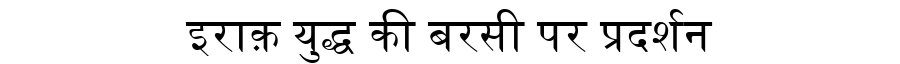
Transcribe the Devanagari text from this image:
इराक़ युद्ध की बरसी पर प्रदर्शन